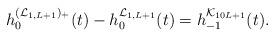
LaTeX: \begin{align*}h_{0}^{(\mathcal{L}_{1,L+1})_+}(t)-h_{0}^{\mathcal{L}_{1,L+1}}(t)=h_{-1}^{\mathcal{K}_{10L+1}}(t).\end{align*}